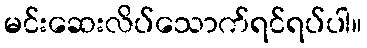
မင်းဆေးလိပ်သောက်ရင်ရပ်ပါ။